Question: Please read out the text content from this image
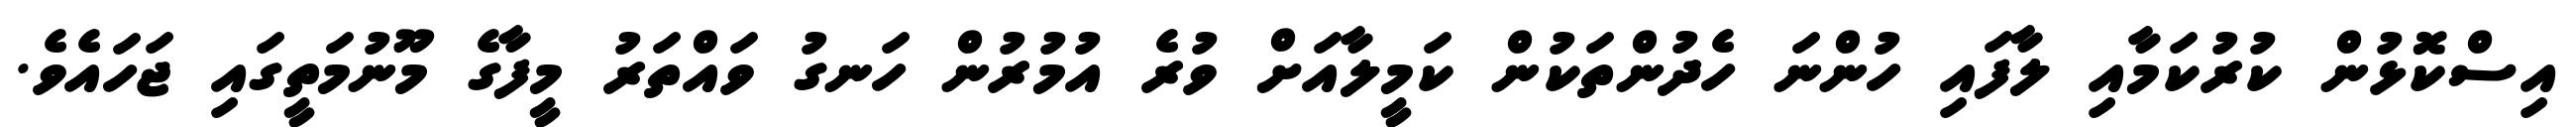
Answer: އިސްކޮޅުން ކުރުކަމާއި ލާފައި ހުންނަ ހެދުންތަކުން ކަމީލާއަށް ވުރެ އުމުރުން ހަނގު ވައްތަރު މީފާގެ މޫނުމަތީގައި ޖަހައެވެ.